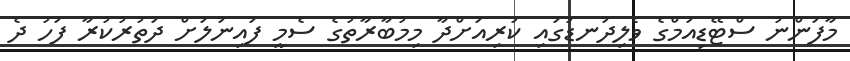
މާފަންނު ސްޓޭޑިއަމްގެ ވެލިދަނޑުގައި ކުރިއަށްދާ މިމުބާރާތުގެ ސެމީ ފައިނަލަށް ދަތުރުކުރާ ފަހު ދެ